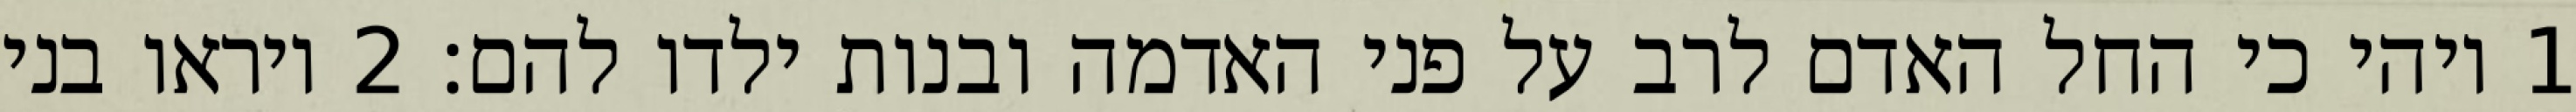
1 ויהי כי החל האדם לרב על פני האדמה ובנות ילדו להם׃ ‎2‏ ויראו בני